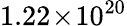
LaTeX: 1.22\! \times\! 10^{20}